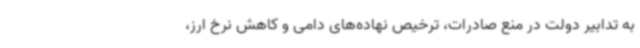
به تدابیر دولت در منع صادرات، ترخیص نهاده‌های دامی و کاهش نرخ ارز،